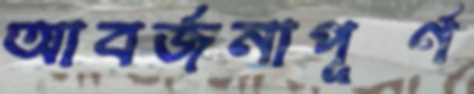
আবর্জনাপূর্ণ